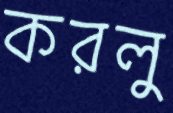
করলু